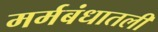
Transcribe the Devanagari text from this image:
मर्मबंधातली